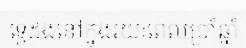
ទ្វេដងនៅក្នុងរយៈពេលប្រាំឆ្នាំ